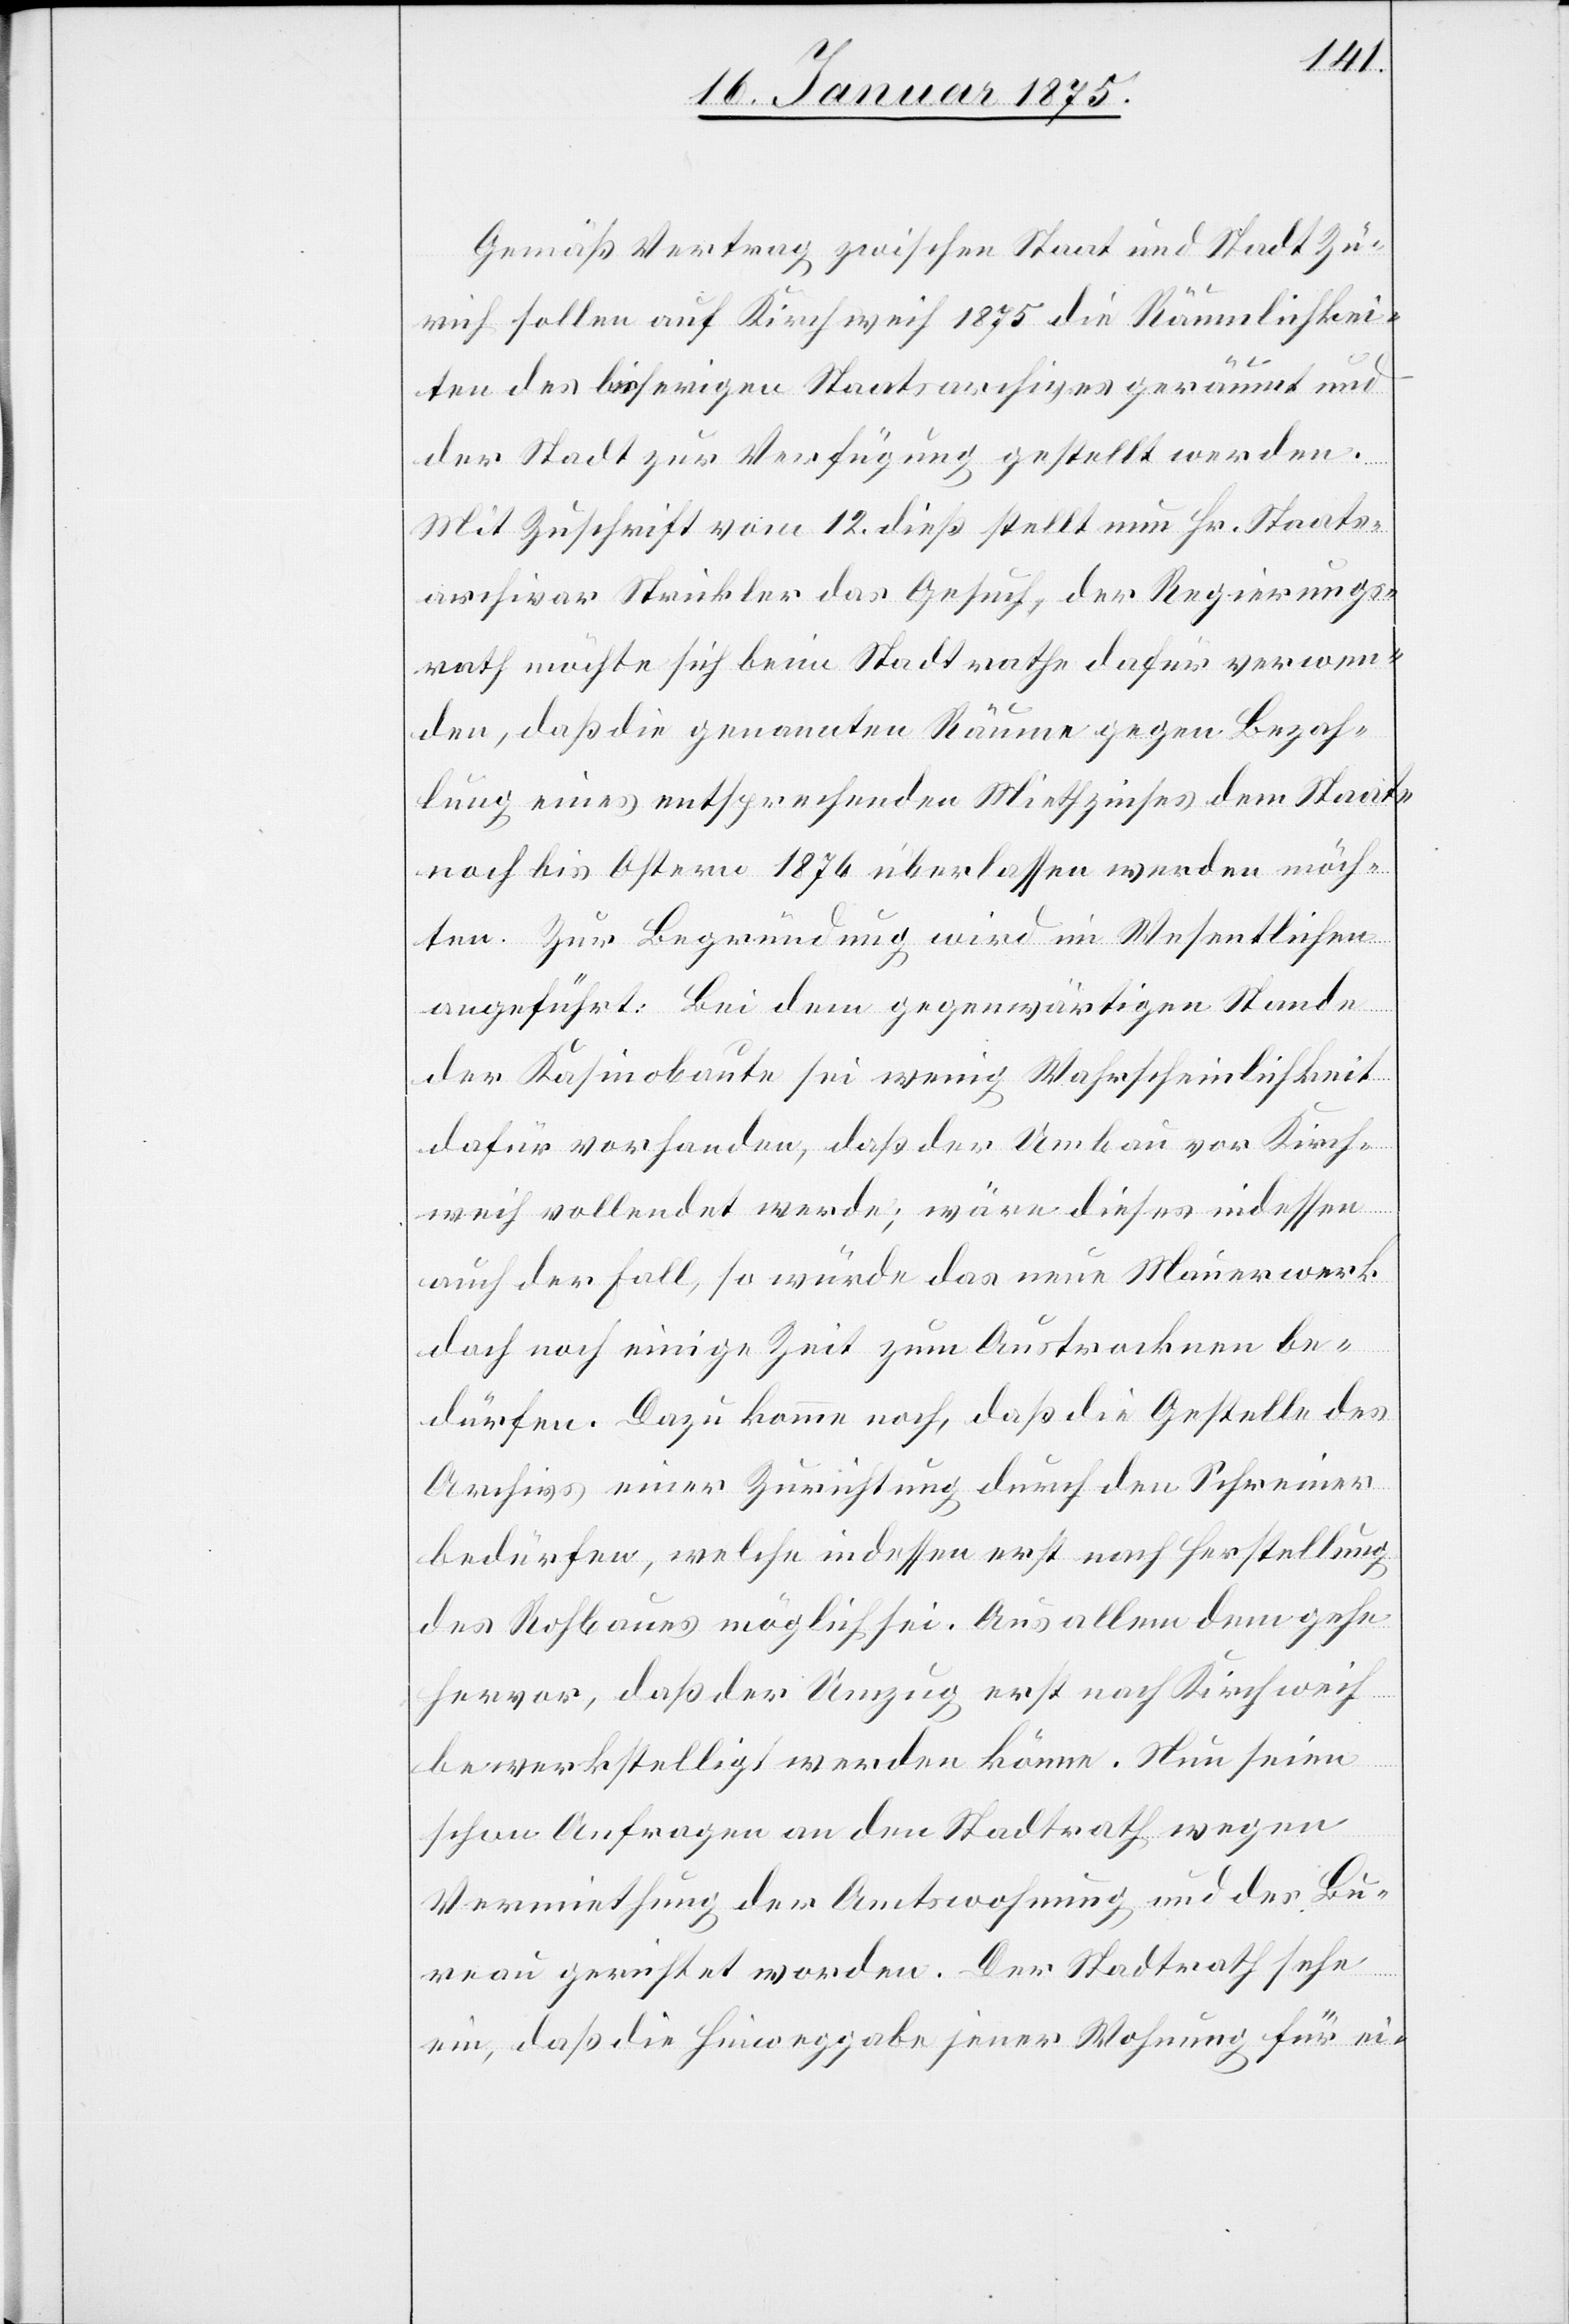
Gemäß Vertrag zwischen Staat und Stadt Zü¬
rich sollen auf Kirchweih 1875 die Räumlichkei¬
ten des bisherigen Staatsarchives geräumt und
der Stadt zur Verfügung gestellt werden.
Mit Zuschrift vom 12. dieß stellt nun Hr. Staats¬
archivar Strickler das Gesuch, der Regierungs¬
rath möchte sich beim Stadtrathe dafür verwen¬
den, daß die genannten Räume gegen Bezah¬
lung eines entsprechenden Miethzinses dem Staate
noch bis Ostern 1876 überlassen werden möch¬
ten. Zur Begründung wird im Wesentlichen
angeführt: Bei dem gegenwärtigen Stande
der Kasinobaute sei wenig Wahrscheinlichkeit
dafür vorhanden, daß der Umbau vor Kirch¬
weih vollendet werde; wäre dieses indessen
auch der Fall, so würde das neue Mauerwerk
doch noch einige Zeit zum Austrocknen be¬
dürfen. Dazu komme noch, daß die Gestelle des
Archivs einer Zurichtung durch den Schreiner
bedürfen, welche indessen erst nach Herstellung
des Rohbaues möglich sei. Aus allem dem gehe
hervor, daß der Umzug erst nach Kirchweih
bewerkstelligt werden könne. Nun seien
schon Anfragen an den Stadtrath wegen
Vermiethung der Amtswohnung und der Bu¬
reau gerichtet worden. Der Stadtrath sehe
ein, daß die Hinweggabe jener Wohnung für ei-